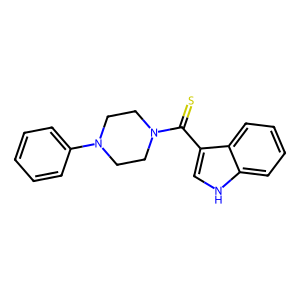
SMILES: S=C(c1c[nH]c2ccccc12)N1CCN(c2ccccc2)CC1
Inhibits HIV replication: No